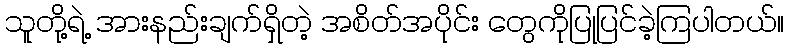
သူတို့ရဲ့ အားနည်းချက်ရှိတဲ့ အစိတ်အပိုင်း တွေကိုပြုပြင်ခဲ့ကြပါတယ်။